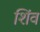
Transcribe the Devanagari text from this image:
शिंव